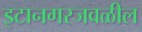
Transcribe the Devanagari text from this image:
इटानगरजवळील